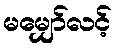
မမျှော်လင့်